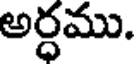
అర్ధము.